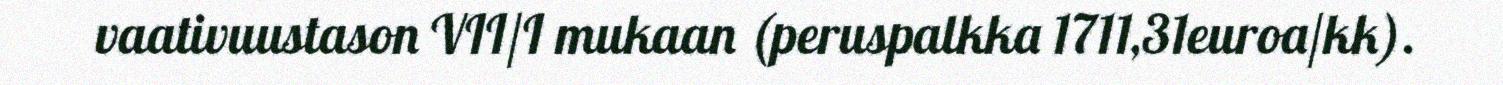
vaativuustason VII/I mukaan (peruspalkka 1711,31euroa/kk).